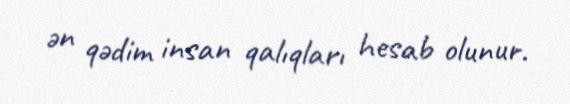
ən qədim insan qalıqları hesab olunur.